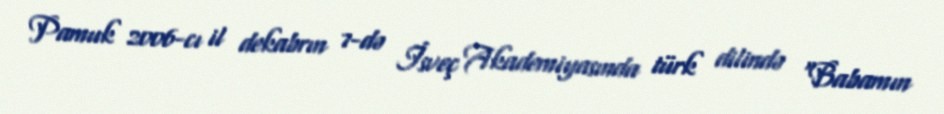
Pamuk 2006-cı il dekabrın 7-də İsveç Akademiyasında türk dilində "Babamın